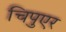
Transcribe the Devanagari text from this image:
चिपुएर